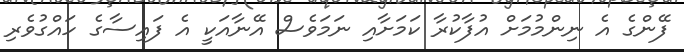
ފޭންގެ އެ ނިންމުމަށް އުފާކުރާ ކަމަށާއި ނަމަވެސް އޭނާއަކީ އެ ފައިސާގެ ހައްގުވެރި